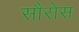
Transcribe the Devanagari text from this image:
सौरोस